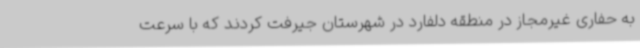
به حفاری غیرمجاز در منطقه دلفارد در شهرستان جیرفت کردند که با سرعت